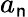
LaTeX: a_{\mathsf{n}}